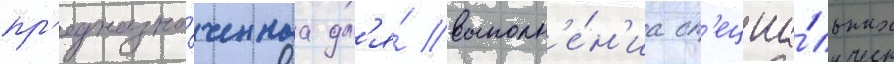
пр'едназна́ченнаа дл'я́ выполн'е́н'иа сп'ециа́льных